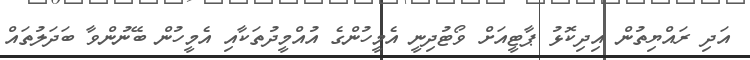
އަދި ރައްޔިތުން އިދިކޮޅު ޕާޓީއަށް ވޯޓުދިނީ އެމީހުންގެ އުއްމީދުތަކާއި އެމީހުން ބޭނުންވާ ބަދަލުތައް